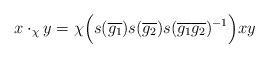
LaTeX: \begin{align*}x\cdot_\chi y=\chi\Bigl(s(\overline{g_1})s(\overline{g_2})s(\overline{g_1}\overline{g_2})^{-1}\Bigr)xy\end{align*}